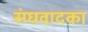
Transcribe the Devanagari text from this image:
संघवादका